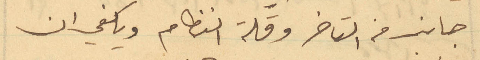
جانب من التاخر وقلة النظام ويكفي ان